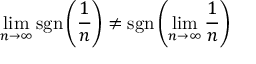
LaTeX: \operatorname* { l i m } _ { n \to \infty } \operatorname { s g n } \left( { \frac { 1 } { n } } \right) \neq \operatorname { s g n } \left( \operatorname* { l i m } _ { n \to \infty } { \frac { 1 } { n } } \right)